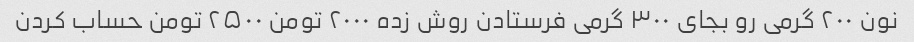
نون ۲۰۰ گرمی رو بجای ۳۰۰ گرمی فرستادن روش زده ۲۰۰۰ تومن ۲۵۰۰ تومن حساب کردن